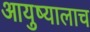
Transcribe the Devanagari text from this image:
आयुष्यालाच